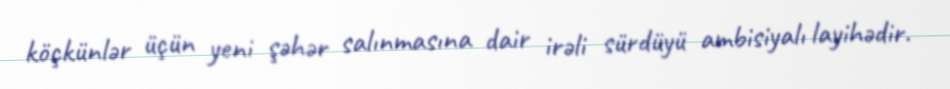
köçkünlər üçün yeni şəhər salınmasına dair irəli sürdüyü ambisiyalı layihədir.